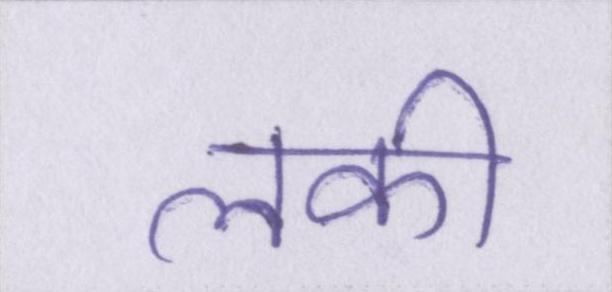
लकी